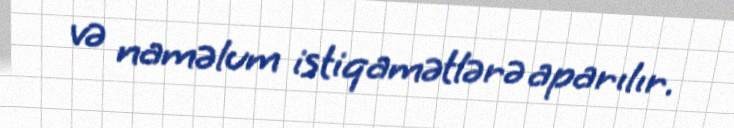
və naməlum istiqamətlərə aparılır.